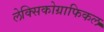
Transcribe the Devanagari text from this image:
लेक्सिकोग्राफिकल